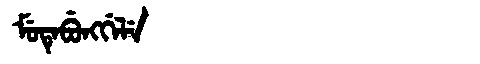
Manchu: ᠮᡠᡨᡝᠪᡠᠩᡤᡝᠯᡝ
Romanization: MUTEBUNGGELE